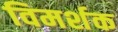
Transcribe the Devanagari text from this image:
विमर्शक